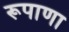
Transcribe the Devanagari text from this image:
रूपाणा